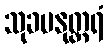
သုခမနုတ္တရံ